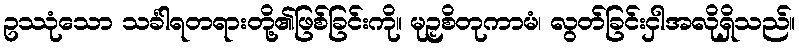
ဥဿုံသော သင်္ခါရတရားတို့၏ဖြစ်ခြင်းကို။ မုဉှစိတုကာမံ၊ လွတ်ခြင်းငှါအလိုရှိသည်။